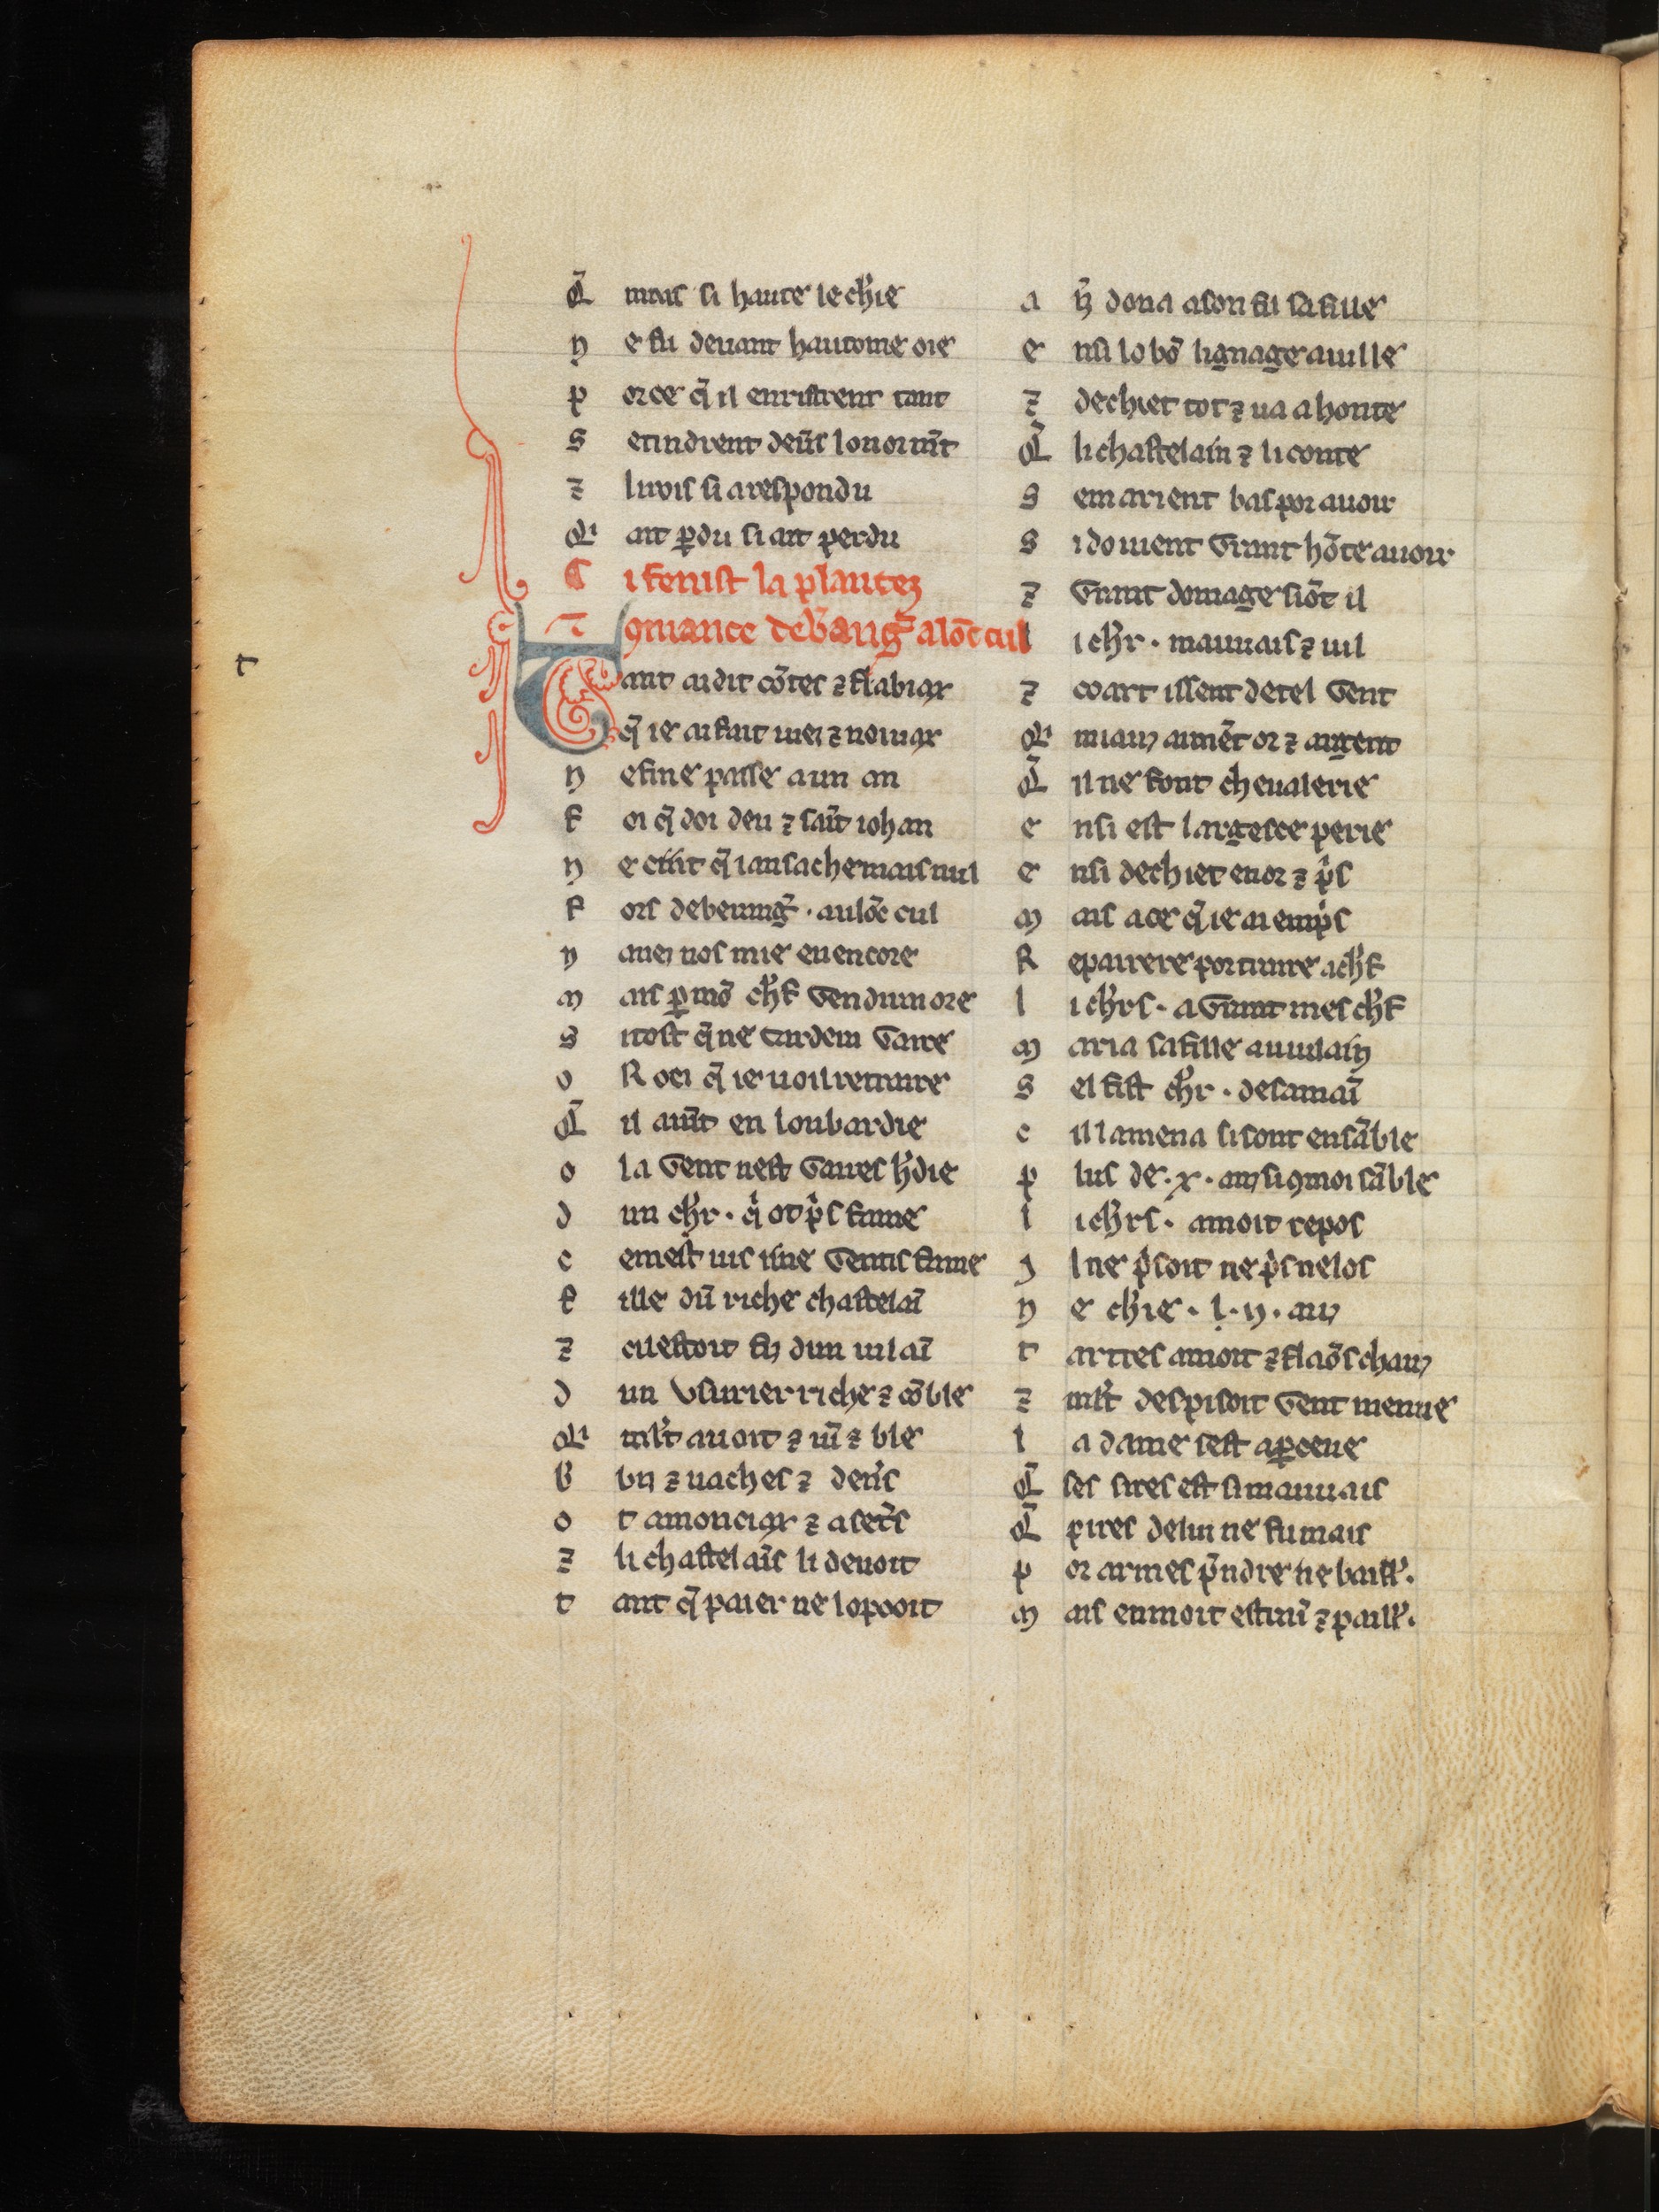
Shelfmark: Bern, Burgerbibliothek, 354
Century: 14